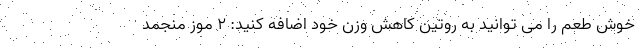
خوش طعم را می توانید به روتین کاهش وزن خود اضافه کنید: 2 موز منجمد